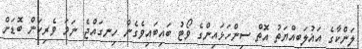
ލަންކާގެ އަޣުލަބިއްޔަތު އޮތް ސިންހަޅައިންގެ ވޯޓު ބައިބައިވެގެން ހިނގައްޖެ ނަމަ ވެރިކަން ބޮޑަށް